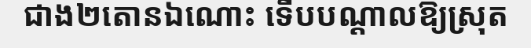
ជាង២តោនឯណោះ ទើបបណ្តាលឱ្យស្រុត